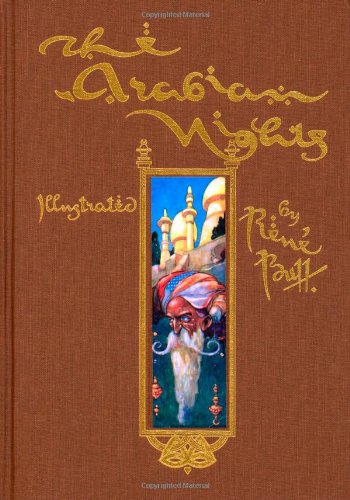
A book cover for The Arabian Nights (Calla Editions); Rene Bull; Teen & Young Adult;